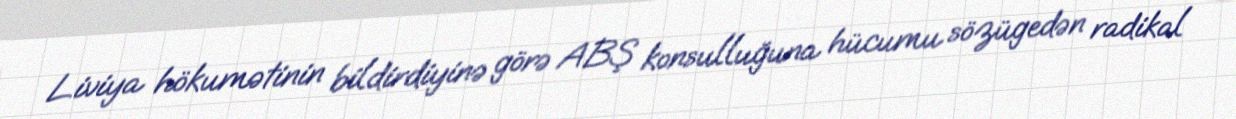
Liviya hökumətinin bildirdiyinə görə ABŞ konsulluğuna hücumu sözügedən radikal